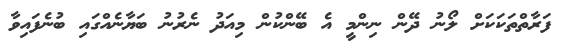
ފަރާތްތަކަކަށް ލޯނު ދޭން ނިންމީ އެ ބޭންކުން މިއަދު ނެރުނު ބަޔާނެއްގައި ބުނެފައިވާ